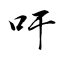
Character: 吁